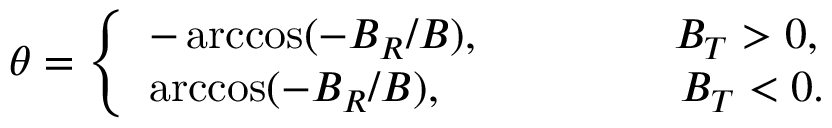
\theta = \left\lbrace \begin{array} { l l } { - \operatorname { a r c c o s } ( - B _ { R } / B ) , ~ ~ ~ ~ ~ ~ ~ ~ ~ ~ ~ ~ ~ B _ { T } > 0 , } \\ { \operatorname { a r c c o s } ( - B _ { R } / B ) , ~ ~ ~ ~ ~ ~ ~ ~ ~ ~ ~ ~ ~ ~ ~ ~ B _ { T } < 0 . } \end{array} \right.